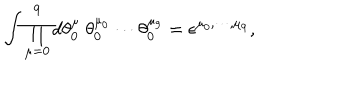
\int \prod _ { \mu = 0 } ^ { 9 } d \theta _ { 0 } ^ { \mu } ~ \theta _ { 0 } ^ { \mu _ { 0 } } \cdots \theta _ { 0 } ^ { \mu _ { 9 } } = \epsilon ^ { \mu _ { 0 } , \cdots , \mu _ { 9 } } ,